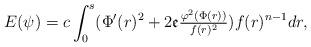
LaTeX: \begin{align*}E(\psi)=c\int_0^{s}(\Phi'(r)^2+2\mathfrak{e}\tfrac{\varphi^2(\Phi(r))}{f(r)^2})f(r)^{n-1}dr,\end{align*}